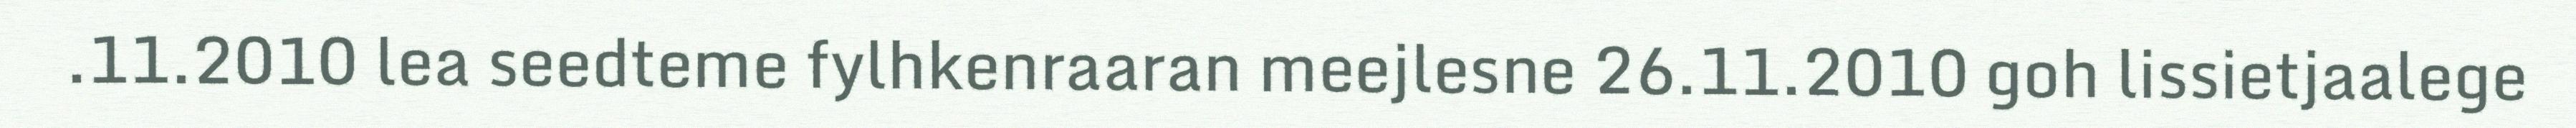
.11.2010 lea seedteme fylhkenraaran meejlesne 26.11.2010 goh lissietjaalege